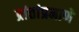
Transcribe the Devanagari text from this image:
प्रांतांप्रमाणे